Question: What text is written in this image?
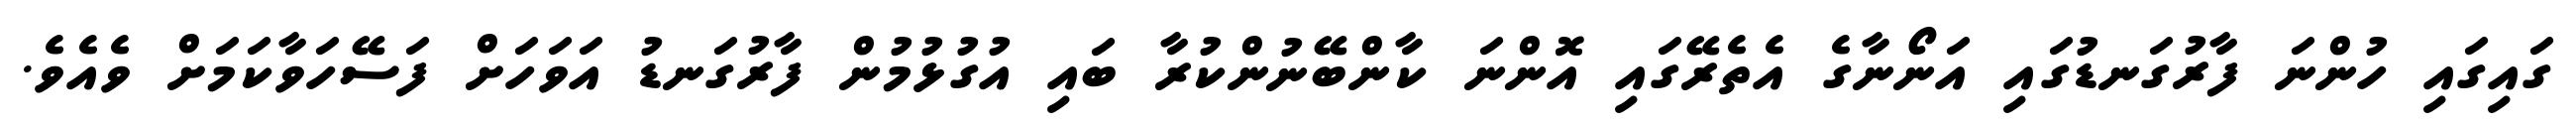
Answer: ގައިގައި ހުންނަ ފާރުގަނޑުގައި އަނޯނާގެ އެތެރޭގައި އޮންނަ ކާންބޭނުންކުރާ ބައި އުގުޅުމުން ފާރުގަނޑު އަވަހަށް ފަސޭހަވާކަމަށް ވެއެވެ.